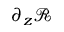
\partial _ { z } \mathscr { R }